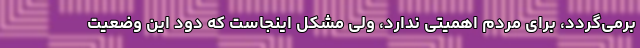
برمی‌گردد، برای مردم اهمیتی ندارد، ولی مشکل اینجاست که دود این وضعیت